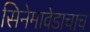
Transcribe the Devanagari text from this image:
सिनेमावेडाचाच